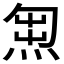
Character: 𭵇